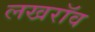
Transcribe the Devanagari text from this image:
लखरॉव